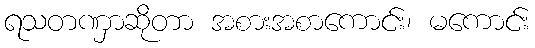
ရသတဏှာဆိုတာ အစားအစာကောင်း၊ မကောင်း